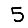
Digit: 5